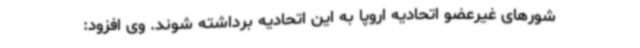
شورهای غیرعضو اتحادیه اروپا به این اتحادیه برداشته شوند. وی افزود: